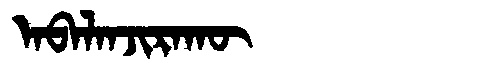
Manchu: ᠠᠪᠠᠯᠠᠨᠵᡳᡵᠠᡴᡡ
Romanization: ABALANJIRAKŪ